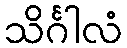
သိင်္ဂါလံ